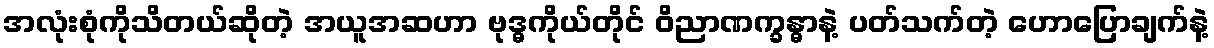
အလုံးစုံကိုသိတယ်ဆိုတဲ့ အယူအဆဟာ ဗုဒ္ဓကိုယ်တိုင် ဝိညာဏက္ခန္ဓာနဲ့ ပတ်သက်တဲ့ ဟောပြောချက်နဲ့